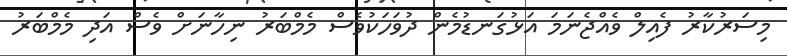
މިސަރުކާރު ފެއިލް ވެއްޖެނަމަ އަޅުގަނޑުމެން ދުވަހަކުވެސް މެމްބަރު ނިހާނަށް ވެސް އަދި މެމްބަރު